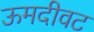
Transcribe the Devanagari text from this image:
ऊमदीवट